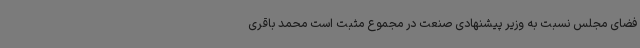
فضای مجلس نسبت به وزیر پیشنهادی صنعت در مجموع مثبت است محمد باقری